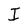
Character: I